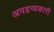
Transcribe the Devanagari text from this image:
अपद्रव्यकारी